Report on the cholera epidemic of
Year: 1868
Disease focus: Cholera
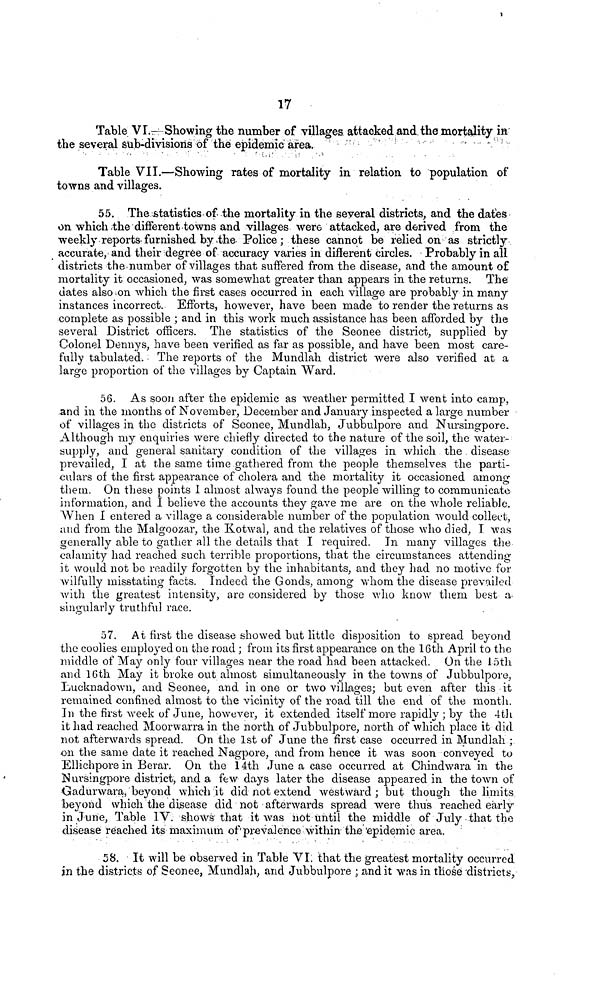
17
Table VI.—Showing the number of villages attacked and the mortality in
the several Sub-divisions of the epidemic area.
Table VII.—Showing rates of mortality in relation to population of
towns and villages.
55. The statistics of the mortality in the several districts, and the dates
on which the different towns and villages were attacked, are derived from the
weekly reports furnished by the Police ; these cannot be relied on as strictly
accurate, and their degree of accuracy varies in different circles. Probably in all
districts the number of villages that suffered from the disease, and the amount of
mortality it occasioned, was somewhat greater than appears in the returns. The
dates also on which the first cases occurred in each village are probably in many
instances incorrect. Efforts, however, have been made to render the returns as
complete as possible ; and in this work much assistance has been afforded by the
several District officers. The statistics of the Seonee district, supplied by
Colonel Dennys, have been verified as far as possible, and have been most care-
fully tabulated. The reports of the Mundlah district were also verified at a
large proportion of the villages by Captain Ward.
56. As soon after the epidemic as weather permitted I went into camp,
and in the months of November, December and January inspected a large number
of villages in the districts of Seonee, Mundlah, Jubbulpore and Nursingpore.
Although my enquiries were chiefly directed to the nature of the soil, the water-
supply, and general sanitary condition of the villages in which the disease
prevailed, I at the same time gathered from the people themselves the parti-
culars of the first appearance of cholera and the mortality it occasioned among
them. On these points I almost always found the people willing to communicate
information, and I believe the accounts they gave me are on the whole reliable.
When I entered a village a considerable number of the population would collect,
and from the Malgoozar, the Kotwal, and the relatives of those who died, I was
generally able to gather all the details that I required. In many villages the
calamity had reached such terrible proportions, that the circumstances attending
it would not be readily forgotten by the inhabitants, and they had no motive for
wilfully misstating facts. Indeed the Gonds, among whom the disease prevailed
with the greatest intensity, are considered by those who know them best a
singularly truthful race.
57. At first the disease showed but little disposition to spread beyond
the coolies employed on the road ; from its first appearance on the 16th April to the
middle of May only four villages near the road had been attacked. On the 15th
and 16th May it broke out almost simultaneously in the towns of Jubbulpore,
Lucknadown, and Seonee, and in one or two villages; but even after this it
remained confined almost to the vicinity of the road till the end of the month.
In the first week of June, however, it extended itself more rapidly ; by the 4th
it had reached Moorwarra in the north of Jubbulpore, north of which place it did
not afterwards spread. On the 1st of June the first case occurred in Mundlah ;
on the same date it reached Nagpore, and from hence it was soon conveyed to
Ellichpore in Berar. On the 14th June a case occurred at Chindwara in the
Nursingpore district, and a few days later the disease appeared in the town of
Gadurwara, beyond which it did not extend westward ; but though the limits
beyond which the disease did not afterwards spread were thus reached early
in June, Table IV. shows that it was hot until the middle of July that the
disease reached its maximum of prevalence within the epidemic area.
58. It will be observed in Table VI that the greatest mortality occurred
in the districts of Seonee, Mundlah, and Jubbulpore ; and it was in those districts,